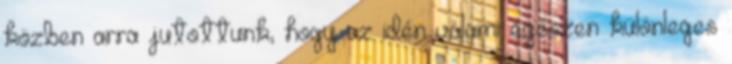
közben arra jutottunk, hogy az idén valami egészen különleges